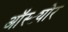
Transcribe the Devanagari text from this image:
ऑस्ट्योर